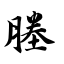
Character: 塍